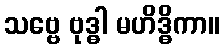
သဗ္ဗေ ဗုဒ္ဓါ မဟိဒ္ဓိကာ။